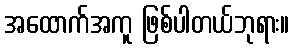
အထောက်အကူ ဖြစ်ပါတယ်ဘုရား။